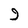
Character: 9